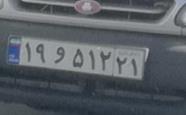
۱۹و۵۱۲۲۱